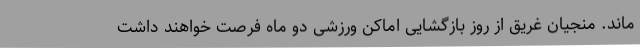
ماند. منجیان غریق از روز بازگشایی اماکن ورزشی دو ماه فرصت خواهند داشت